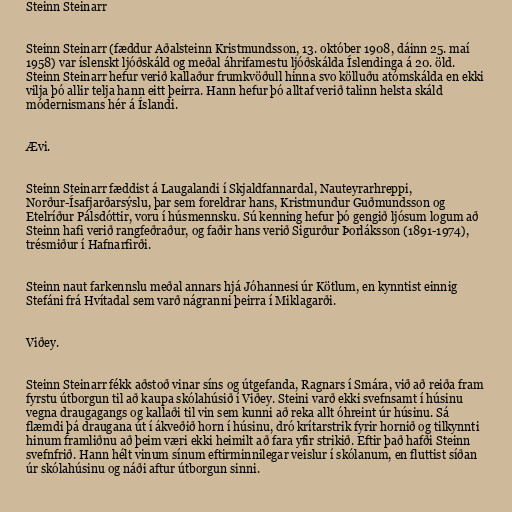
Steinn Steinarr

Steinn Steinarr (fæddur Aðalsteinn Kristmundsson, 13. október 1908, dáinn 25. maí
1958) var íslenskt ljóðskáld og meðal áhrifamestu ljóðskálda Íslendinga á 20. öld.
Steinn Steinarr hefur verið kallaður frumkvöðull hinna svo kölluðu atómskálda en ekki
vilja þó allir telja hann eitt þeirra. Hann hefur þó alltaf verið talinn helsta skáld
módernismans hér á Íslandi.

Ævi.

Steinn Steinarr fæddist á Laugalandi í Skjaldfannardal, Nauteyrarhreppi,
Norður-Ísafjarðarsýslu, þar sem foreldrar hans, Kristmundur Guðmundsson og
Etelríður Pálsdóttir, voru í húsmennsku. Sú kenning hefur þó gengið ljósum logum að
Steinn hafi verið rangfeðraður, og faðir hans verið Sigurður Þorláksson (1891-1974),
trésmiður í Hafnarfirði.

Steinn naut farkennslu meðal annars hjá Jóhannesi úr Kötlum, en kynntist einnig
Stefáni frá Hvítadal sem varð nágranni þeirra í Miklagarði.

Viðey.

Steinn Steinarr fékk aðstoð vinar síns og útgefanda, Ragnars í Smára, við að reiða fram
fyrstu útborgun til að kaupa skólahúsið í Viðey. Steini varð ekki svefnsamt í húsinu
vegna draugagangs og kallaði til vin sem kunni að reka allt óhreint úr húsinu. Sá
flæmdi þá draugana út í ákveðið horn í húsinu, dró krítarstrik fyrir hornið og tilkynnti
hinum framliðnu að þeim væri ekki heimilt að fara yfir strikið. Eftir það hafði Steinn
svefnfrið. Hann hélt vinum sínum eftirminnilegar veislur í skólanum, en fluttist síðan
úr skólahúsinu og náði aftur útborgun sinni.